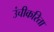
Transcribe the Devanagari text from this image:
उंचीकरिता